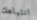
انتباهك